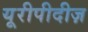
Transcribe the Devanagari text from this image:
यूरीपीदीज़